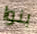
بنوا